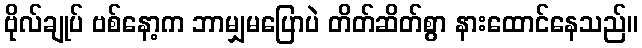
ဗိုလ်ချုပ် ဗစ်နော့က ဘာမျှမပြောပဲ တိတ်ဆိတ်စွာ နားထောင်နေသည်။